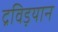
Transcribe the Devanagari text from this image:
द्रविड़यान